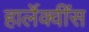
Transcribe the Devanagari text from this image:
हार्लेक्वींस